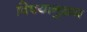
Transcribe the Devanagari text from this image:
विषयानुक्रम